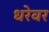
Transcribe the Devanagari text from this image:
धरेवर